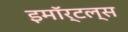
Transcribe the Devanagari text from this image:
इमॉर्टल्स